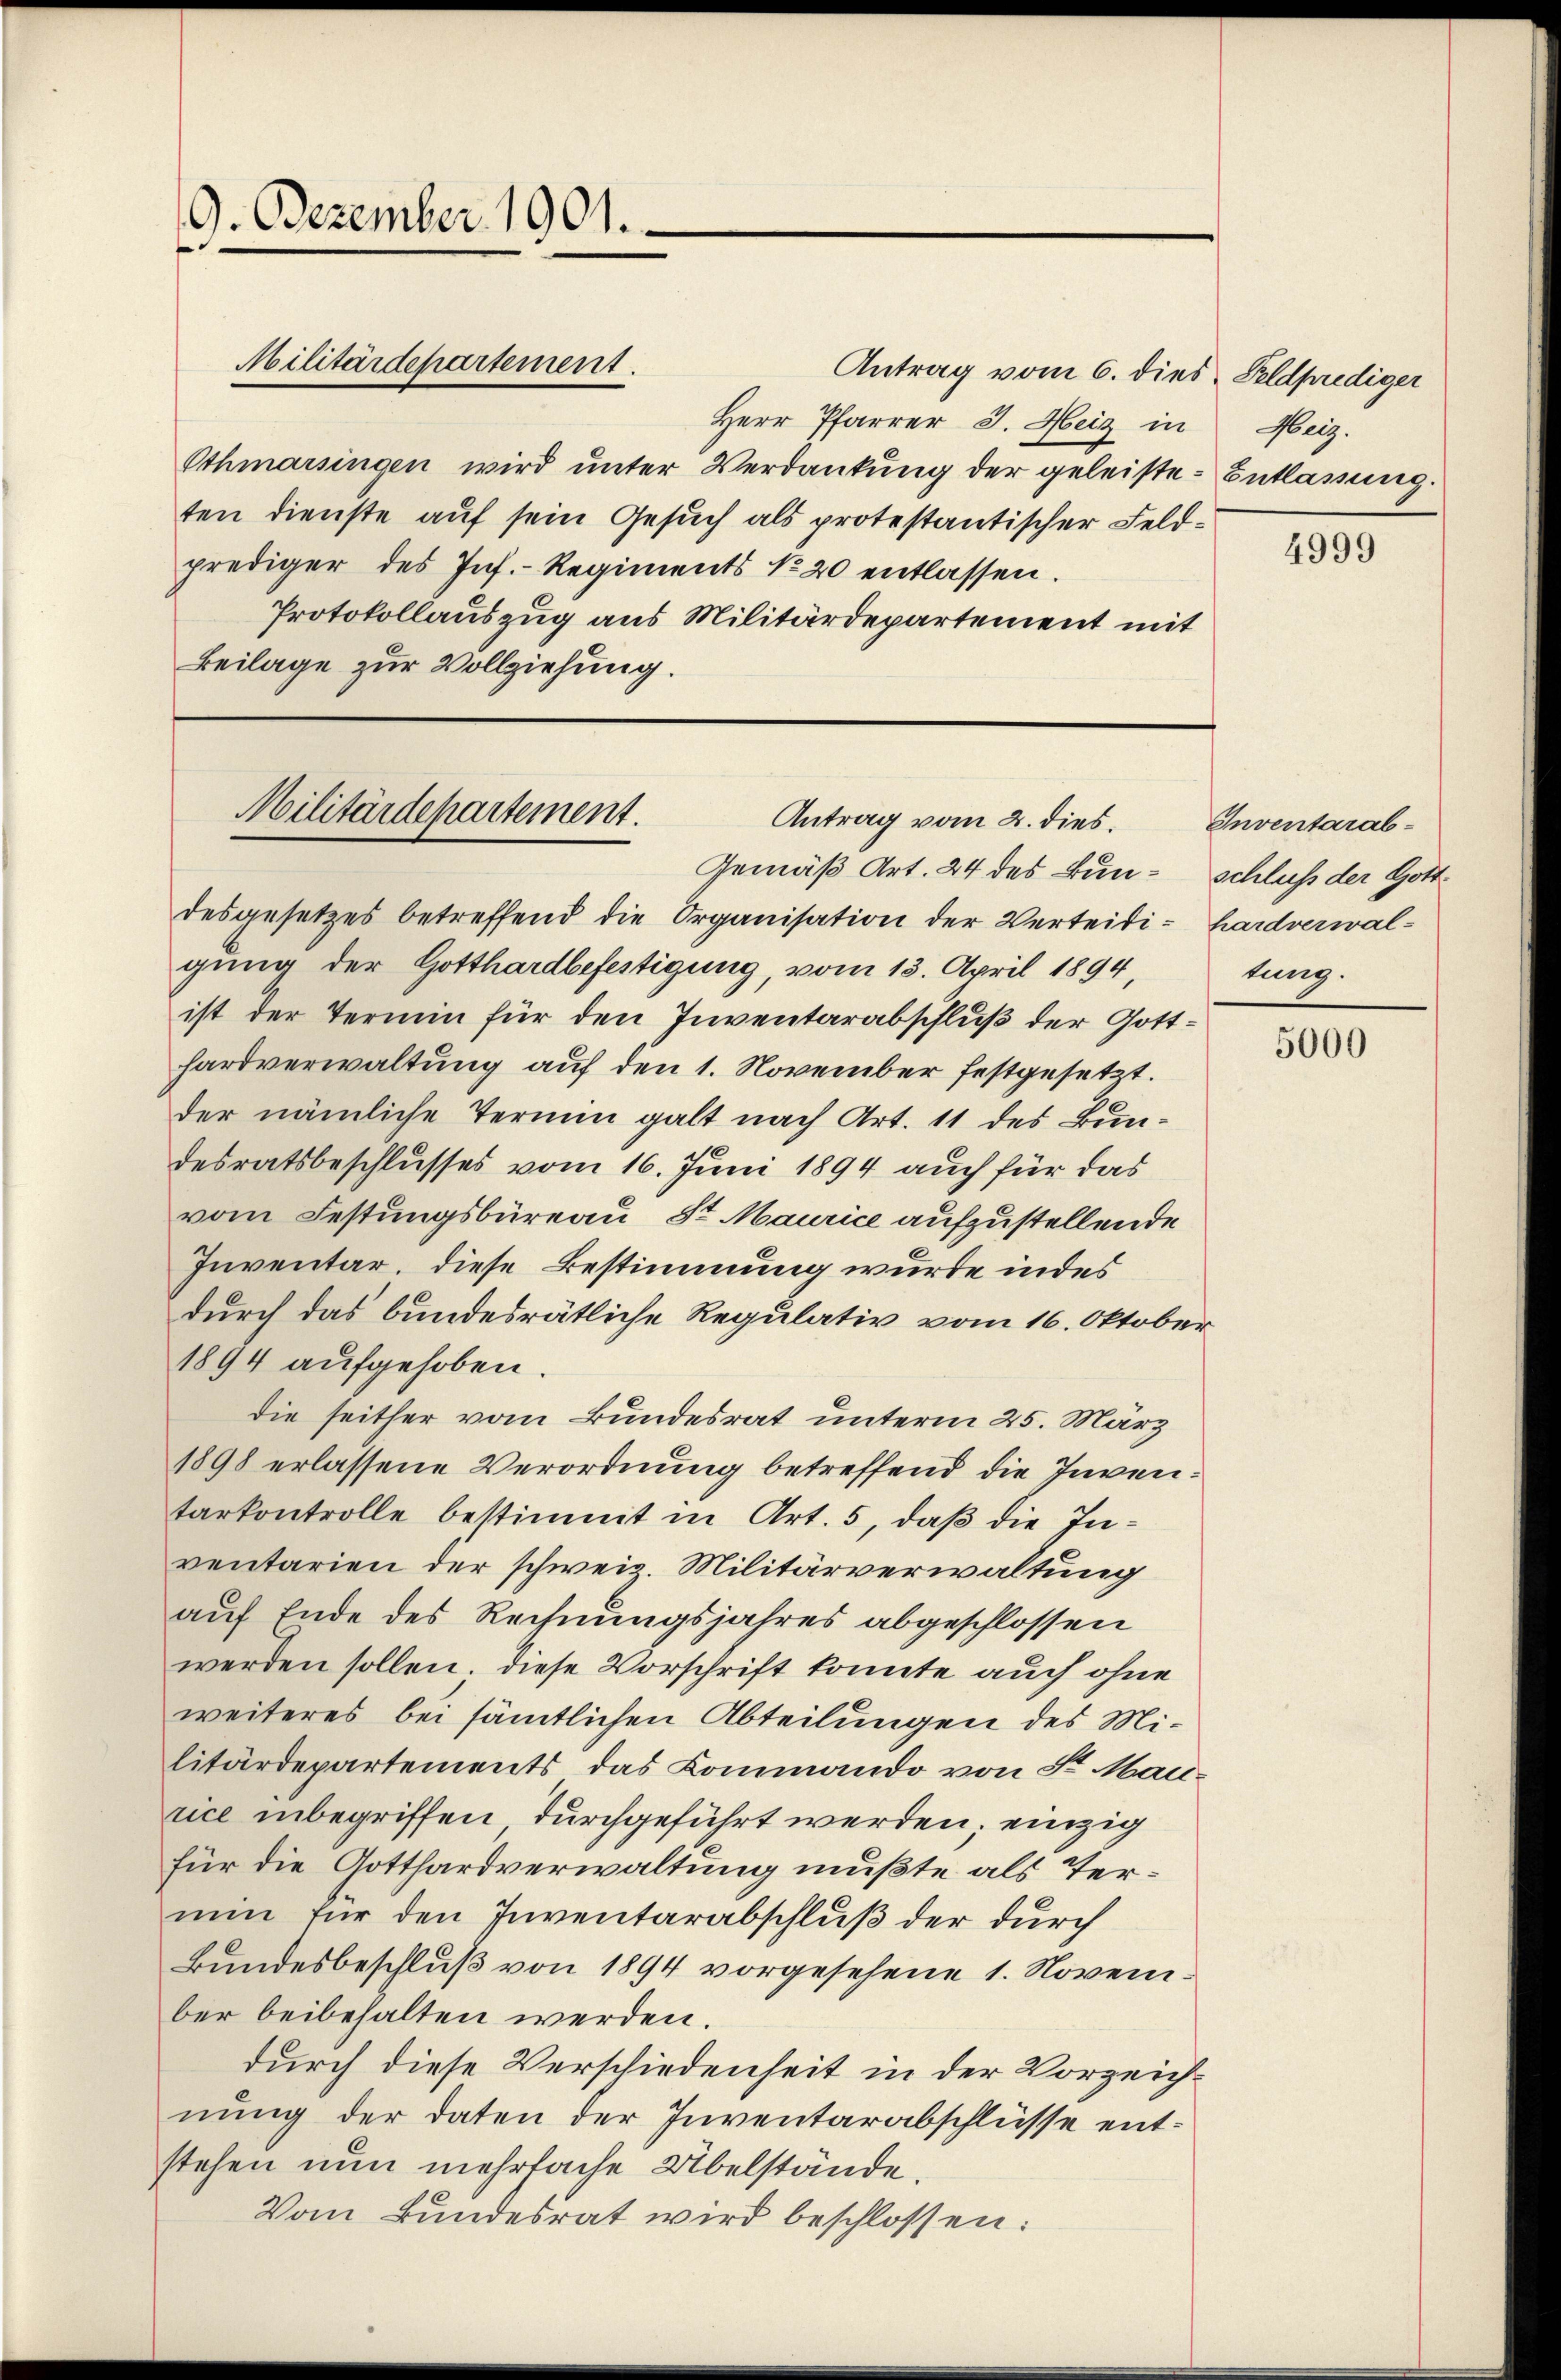
9. Dezember 1901.

Antrag vom 6. dies Feldprediger
Herr Pfarrer J. Heiz in Heiz.
Othmarsingen wird unter Verdankung der geleiste Entlassung.
ten dienste auf sein Gesuch als protestantischer Feldprediger des Inf.- Regiments No 20 entlassen.
Protokollauszug aus Militärdepartement mit
Beilage zur Vollziehung.

Militärdepartement.

Militärdepartement.
Antrag vom 2. dies.

Gemäß Art. 24 des Bun- Schluß der Gottdesgesetzes betreffend die Organisation der Verteidi- hardverwalgung der Gotthardbefestigung, vom 13. April 1894,
ist der Termin für den Inventarabschluß der Gotthardverwaltung auf den 1. November festgesetzt.
der nämliche Termin galt nach Art. 11 des Bundesratsbeschlusses vom 16. Juni 1894 auch für das
vom Festungsbüreau, St. Maurice aufzustellende
Inventar, diese Bestimmung wurde indes
durch das bundesrätliche Regulativ vom 16. Oktober
1894 aufgehoben.
die seither vom Bundesrat unterm 25. März
1898 erlassene Verordnung betreffend die Inventarkontrolle bestimmt in Art. 5, daß die Inventarien der schweiz. Militärverwaltung
auf Ende des Rechnungsjahres abgeschlossen
werden sollen. Diese Vorschrift konnte auch ohne
weiteres bei sämtlichen Abteilungen des Militärdepartements das Kommando von Sr Maurice inbegriffen durchgeführt werden; einzig
für die Gotthardverwaltung mußte als Termin für den Inventarabschluß der durch
Bundesbeschluß von 1894 vorgesehene 1. November beibehalten werden.
durch diese Verschiedenheit in der Vorzeichnung der daten der Inventarabschlüsse entstehen nun mehrfache Übelstände.
Vom Bundesrat wird beschlossen:

4999

Inventarabtung.

5000